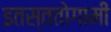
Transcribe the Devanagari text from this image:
इतस्ततोगामी